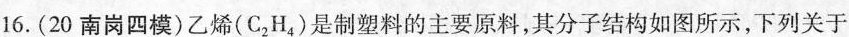
16.(20南岗四模)乙烯(C2H4)是制塑料的主要原料，其分子结构如图所示，下列关于（x_{2|x_{4|）